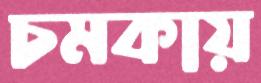
চমকায়